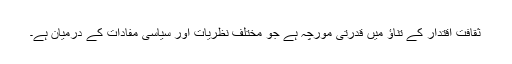
ثقافت اقتدار کے تناؤ میں قدرتی مورچہ ہے جو مختلف نظریات اور سیاسی مفادات کے درمیان ہے۔